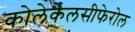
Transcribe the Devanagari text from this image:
कोलेकेलसीफेरोल